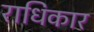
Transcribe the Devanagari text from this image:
राधिकार